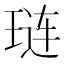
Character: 琏